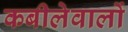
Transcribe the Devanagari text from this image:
कबीलेवालों